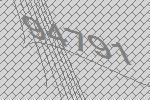
94791